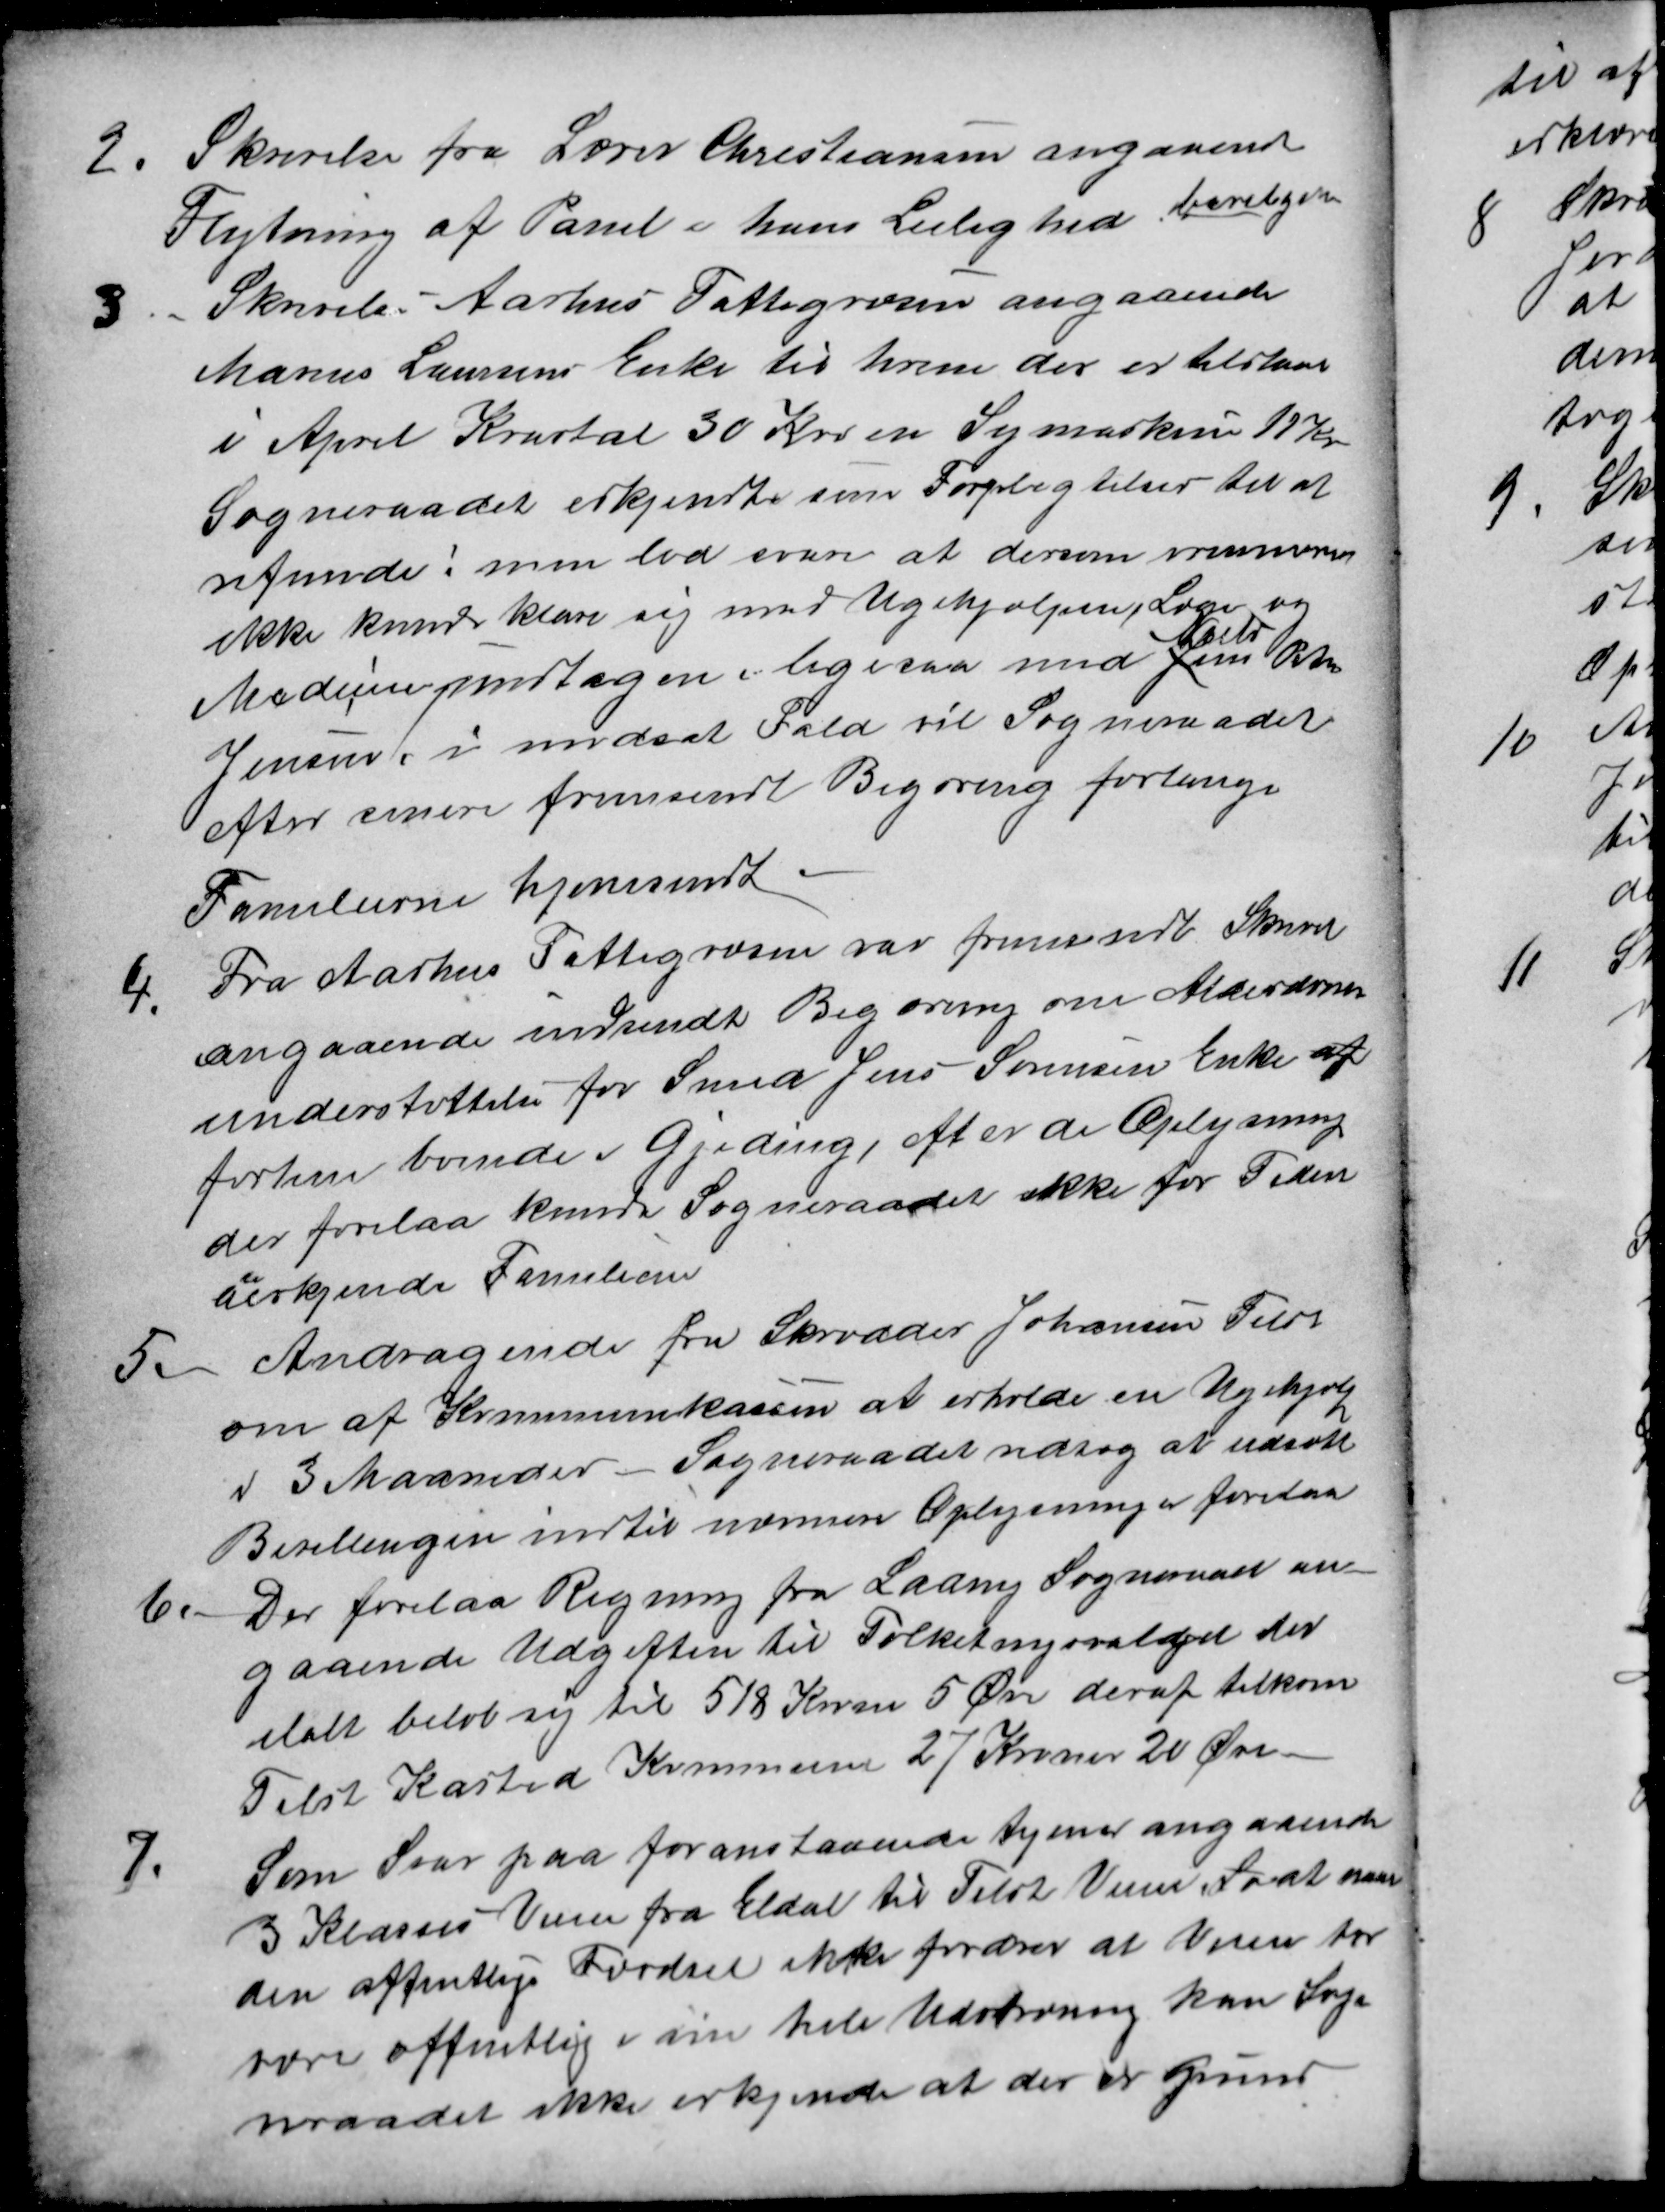
Transskription:
2. Skrivelse fra Lærer Christiansen angaaende
Flytning af Panel i hans Leilighed bevilgedes
3. Skrivelse Aarhus Fattigvæsen angaaende
Marius Laursens Enke til hvem der er tilstaaet
i April Kvartal 30 Kro en Symaskine 11 Kr
Sogneraadet erkjendte sine Forpligtelser til at
refunde! men lod svare at dersom nærværne
ikke kunde klare sig med Ugehjælpen, Læge og
Medicin undtagen, ligesaa med Jens
Niels
Peter
Jensen, i modsat Fald vil Sogneraadet
efter senere fremsendt Begæring forlange
Familierne hjemsendt.
4. Fra Aarhus Fattigvæsen var fremsendt Skrivelse
angaaende indsendt Begæring om Alderdoms-
understøttelse for Smed Jens Sørensen Enke af
forhen boende i Gjeding, efter de Oplysning
der forelaa kunde Sogneraadet ikke for Tiden
anerkjende Familien
5. Andragende fra Skrædder Johansen Tilst
om af Kommunekassen at erholde en Ugehjælp
i 3 Maaneder Sogneraadet vedtog at udsætte
Bevillingen indtil nærmere Oplysninger forelaa
6. Der forelaa Regning fra Lading Sogneraad an-
gaaende Udgiften til Folketingsvalget der
ilalt beløb sig til 518 Kroner 5 Øre deraf tilkom
Tilst Kasted Kommune 27 Kroner 20 Øre.
7. Som Svar paa foranstaaende tyener angaaende
3 Klasses Veien fra Eldal til Tilst Veien, La at naar
den offentlige Færdsel ikke fordrer at Veien bør
være offentlig i sin hele Udstræning kan Sogn
nraadet ikke erkjende at der er Grund